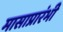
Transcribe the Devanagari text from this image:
मासाप्रारंभी